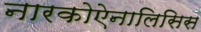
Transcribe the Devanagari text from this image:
नारकोऐनालिसिस